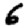
Digit: 6